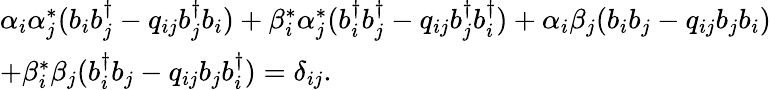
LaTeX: \begin{array}{l}{{\alpha_{i}\alpha_{j}^{*}(b_{i}b_{j}^{\dagger}-q_{ij}b_{j}^{\dagger}b_{i})+\beta_{i}^{*}\alpha_{j}^{*}(b_{i}^{\dagger}b_{j}^{\dagger}-q_{ij}b_{j}^{\dagger}b_{i}^{\dagger})+\alpha_{i}\beta_{j}(b_{i}b_{j}-q_{ij}b_{j}b_{i})}}\\ {{+\beta_{i}^{*}\beta_{j}(b_{i}^{\dagger}b_{j}-q_{ij}b_{j}b_{i}^{\dagger})=\delta_{ij}.}}\end{array}